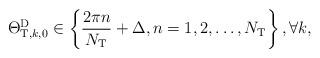
LaTeX: \begin{align*} {\Theta _{{\rm{T}},k,0}^{\rm{D}}}\in \left\{\frac{2\pi n}{N_{\rm T}}+\Delta, n=1,2,\ldots,N_{\rm T}\right\}, \forall k,\end{align*}